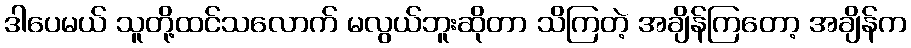
ဒါပေမယ် သူတို့ထင်သလောက် မလွယ်ဘူးဆိုတာ သိကြတဲ့ အချိန်ကြတော့ အချိန်က